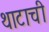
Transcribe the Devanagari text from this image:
थाटाची